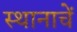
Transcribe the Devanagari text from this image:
स्थानाचें